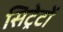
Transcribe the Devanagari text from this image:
सिट्रेटों